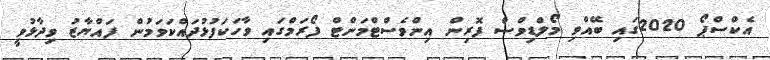
އެކްސްޕޯ 2020ގައި ބޭއްވި މޯލްޑިވްސް ފޮރިން އިންވެސްޓްމަންޓް ފޯރަމްގައި ވާހަކަފުޅުދައްކަވަމުން ފައްޔާޒު ވިދާޅުވީ